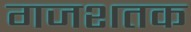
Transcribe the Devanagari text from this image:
गजशतक